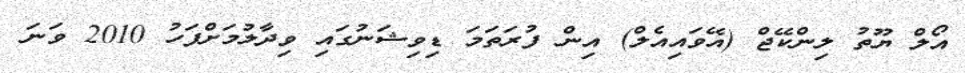
އޯލް ޔޫތު ލިންކޭޖް (އޭވައިއެލް) އިން ފުރަތަމަ ޑިވިޝަނުގައި ވިދާލުމަށްފަހު 2010 ވަނަ